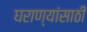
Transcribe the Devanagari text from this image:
घराण्यांसाठी